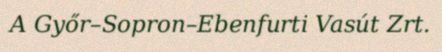
A Győr–Sopron–Ebenfurti Vasút Zrt.